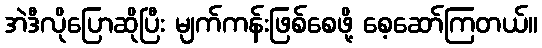
အဲဒီလိုပြောဆိုပြီး မျက်ကန်းဖြစ်စေဖို့ စေ့ဆော်ကြတယ်။